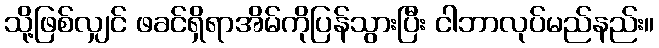
သို့ဖြစ်လျှင် ဖခင်ရှိရာအိမ်ကိုပြန်သွားပြီး ငါဘာလုပ်မည်နည်း။